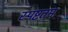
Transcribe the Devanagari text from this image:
स्पष्टतम